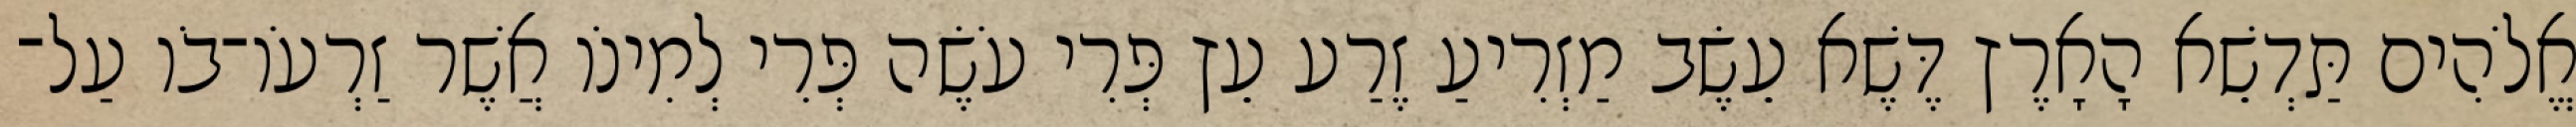
אֱלֹהִים תַּדְשֵׁא הָאָרֶץ דֶּשֶׁא עֵשֶׂב מַזְרִיעַ זֶרַע עֵץ פְּרִי עֹשֶׂה פְּרִי לְמִינֹו אֲשֶׁר זַרְעֹו־בֹו עַל־